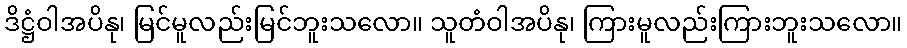
ဒိဋ္ဌံဝါအပိနု၊ မြင်မူလည်းမြင်ဘူးသလော။ သူတံဝါအပိနု၊ ကြားမူလည်းကြားဘူးသလော။